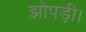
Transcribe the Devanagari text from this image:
झोपड़ी।